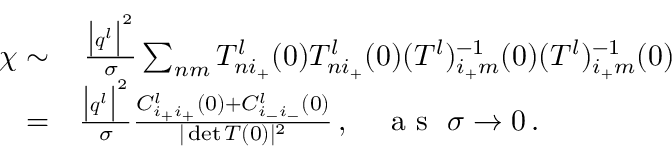
\begin{array} { r l } { \chi \sim } & { { } \, \frac { \big \vert \boldsymbol { q } ^ { l } \big \vert ^ { 2 } } { \sigma } \sum _ { n m } { T _ { n i _ { + } } ^ { l } ( 0 ) T _ { n i _ { + } } ^ { l } ( 0 ) ( T ^ { l } ) _ { i _ { + } m } ^ { - 1 } ( 0 ) ( T ^ { l } ) _ { i _ { + } m } ^ { - 1 } ( 0 ) } } \\ { = } & { { } \frac { \big \vert \boldsymbol { q } ^ { l } \big \vert ^ { 2 } } { \sigma } \frac { C _ { i _ { + } i _ { + } } ^ { l } ( 0 ) + C _ { i _ { - } i _ { - } } ^ { l } ( 0 ) } { \vert \operatorname* { d e t } T ( 0 ) \vert ^ { 2 } } \, , ~ ~ ~ \mathrm { ~ a ~ s ~ } ~ \sigma \rightarrow 0 \, . } \end{array}